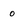
Character: o